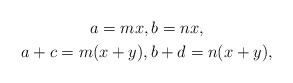
\begin{gather*} a=mx,b=nx,\\ a+c=m(x+y),b+d=n(x+y),\end{gather*}